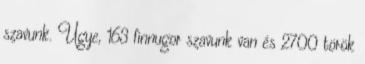
szavunk. Ugye, 163 finnugor szavunk van és 2700 török